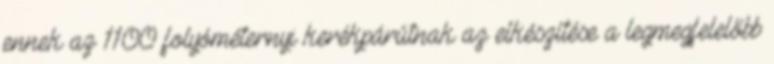
ennek az 1100 folyóméternyi kerékpárútnak az elkészítése a legmegfelelőbb